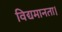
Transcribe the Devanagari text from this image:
विद्यमानता।